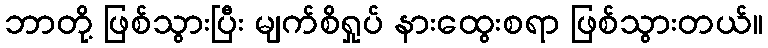
ဘာတို့ ဖြစ်သွားပြီး မျက်စိရှုပ် နားထွေးစရာ ဖြစ်သွားတယ်။